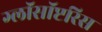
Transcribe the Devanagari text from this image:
ग्लॉसॉप्टरिस